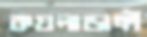
কয়লাডাঙ্গী